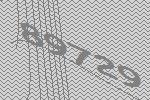
89729